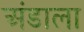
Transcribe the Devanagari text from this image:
अंडाला